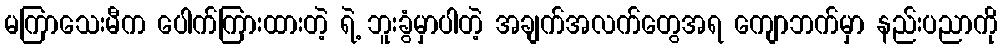
မကြာသေးမီက ပေါက်ကြားထားတဲ့ ရဲ့ ဘူးခွံမှာပါတဲ့ အချက်အလက်တွေအရ ကျောဘက်မှာ နည်းပညာကို